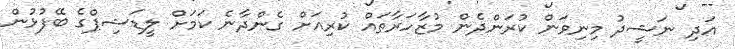
އަދި ނަޝީދު މިނިވަން ކުރަންދެން މުޒާހަރާތައް ކުރިއަށް ގެންދާނެ ކަމަށް ލީޑަޝިޕްގެ ބޭފުޅުން